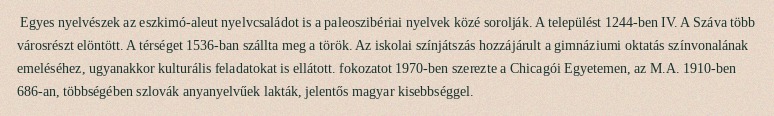
Egyes nyelvészek az eszkimó-aleut nyelvcsaládot is a paleoszibériai nyelvek közé sorolják. A települést 1244-ben IV. A Száva több városrészt elöntött. A térséget 1536-ban szállta meg a török. Az iskolai színjátszás hozzájárult a gimnáziumi oktatás színvonalának emeléséhez, ugyanakkor kulturális feladatokat is ellátott. fokozatot 1970-ben szerezte a Chicagói Egyetemen, az M.A. 1910-ben 686-an, többségében szlovák anyanyelvűek lakták, jelentős magyar kisebbséggel.